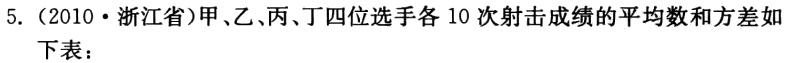
5.（2010·浙江省）甲、乙、丙、丁四位选手各 10 次射击成绩的平均数和方差如下表：